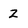
Character: Z